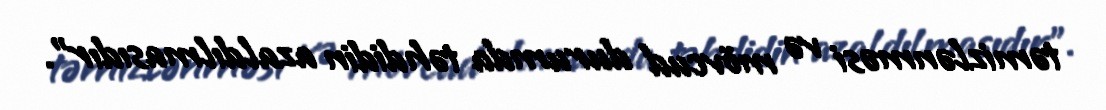
təmizlənməsi və mövcud durumda təhdidin azaldılmasıdır”.